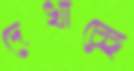
দেখাচ্ছে